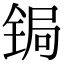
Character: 锔